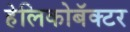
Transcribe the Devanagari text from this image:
हेलिकोबॅक्टर